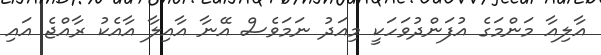
އާލިއާ މަންމަގެ އުފަންދުވަހަކީ މިއަދު ނަމަވެސް އޭނާ އާއިލާ އާއެކު ރާއްޖެ އައި